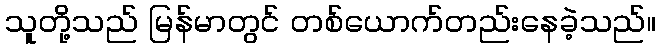
သူတို့သည် မြန်မာတွင် တစ်ယောက်တည်းနေခဲ့သည်။